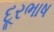
દૂરભાષ